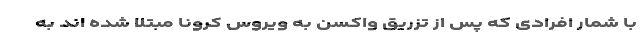
با شمار افرادی که پس از تزریق واکسن به ویروس کرونا مبتلا شده اند به